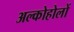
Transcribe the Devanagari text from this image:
अल्कोहोलों